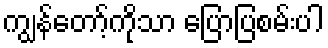
ကျွန်တော့်ကိုသာ ပြောပြစမ်းပါ